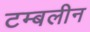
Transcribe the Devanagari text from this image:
टम्बलीन